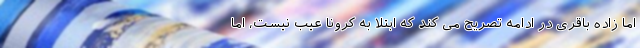
اما زاده باقری در ادامه تصریح می کند که ابتلا به کرونا عیب نیست، اما